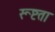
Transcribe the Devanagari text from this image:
रूष्टता